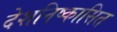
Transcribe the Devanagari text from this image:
देशनिष्कासित